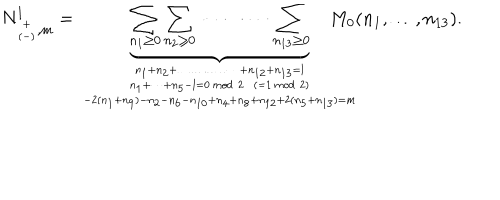
LaTeX: N _ { { \scriptscriptstyle + \atop ( - ) } , m } ^ { l } = \underbrace { \sum _ { n _ { 1 } \ge 0 } \sum _ { n _ { 2 } \ge 0 } \cdots \cdots \cdots \sum _ { n _ { 1 3 } \ge 0 } } _ { n _ { 1 } + n _ { 2 } + \dots \dots \dots \dots \dots + n _ { 1 2 } + n _ { 1 3 } = l \atop { n _ { 1 } + \dots + n _ { 5 } - l = 0 \, m o d \; 2 \; \; ( = 1 \, m o d \; 2 ) \atop - 2 ( n _ { 1 } + n _ { 9 } ) - n _ { 2 } - n _ { 6 } - n _ { 1 0 } + n _ { 4 } + n _ { 8 } + n _ { 1 2 } + 2 ( n _ { 5 } + n _ { 1 3 } ) = m } } \! \! \! \! \! \! \! \! \! \! M _ { 0 } ( n _ { 1 } , \dots , n _ { 1 3 } ) .